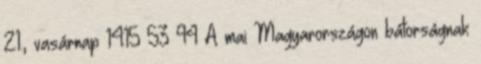
21., vasárnap 14:15 53 94 A mai Magyarországon bátorságnak